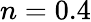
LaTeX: n=0.4